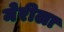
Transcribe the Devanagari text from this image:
मेरीला